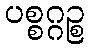
ပစ္စဂ္ဂဉ္စ